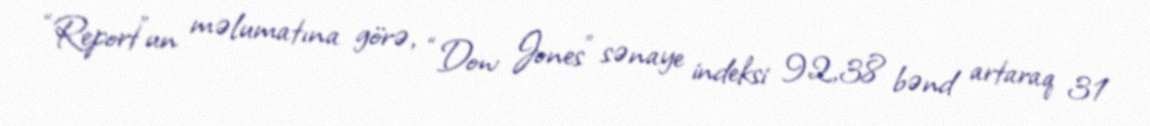
“Report”un məlumatına görə, “Dow Jones” sənaye indeksi 92,38 bənd artaraq 31